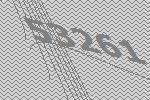
53261